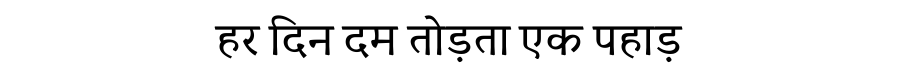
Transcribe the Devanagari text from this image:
हर दिन दम तोड़ता एक पहाड़